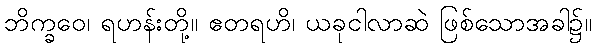
ဘိက္ခဝေ၊ ရဟန်းတို့။ ဧတရဟိ၊ ယခုငါလာဆဲ ဖြစ်သောအခါ၌။